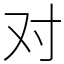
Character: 对